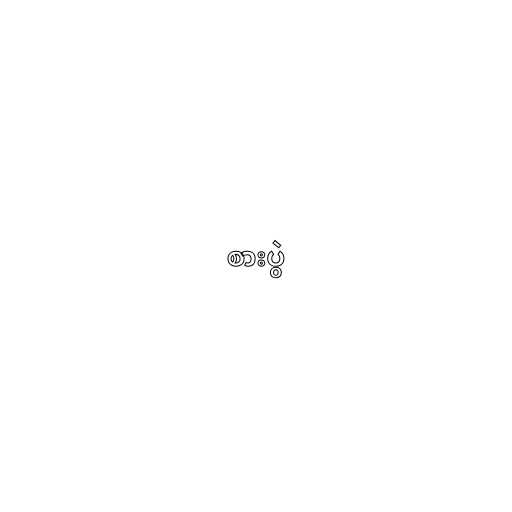
စားပွဲ